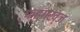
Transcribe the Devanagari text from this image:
फ्ह्ग्ख्ज